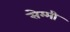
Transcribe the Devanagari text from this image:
सेम्मी